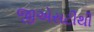
જીએસટીથી